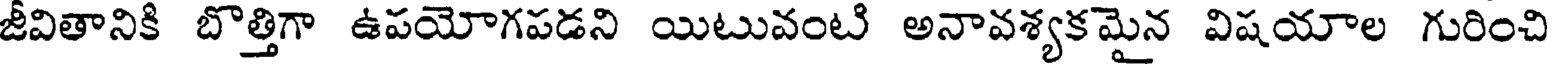
జీవితానికి బొత్తిగా ఉపయోగపడని యిటువంటి అనావశ్యకమైన విషయాల గురించి